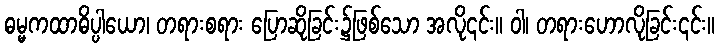
ဓမ္မကထာဓိပ္ပါယော၊ တရားစရား ပြောဆိုခြင်း၌ဖြစ်သော အလို၎င်း။ ဝါ၊ တရားဟောလိုခြင်း၎င်း။